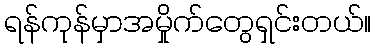
ရန်ကုန်မှာအမှိုက်တွေရှင်းတယ်။